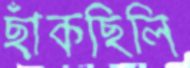
ছাঁকছিলি